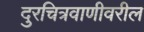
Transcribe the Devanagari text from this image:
दुरचित्रवाणीवरील